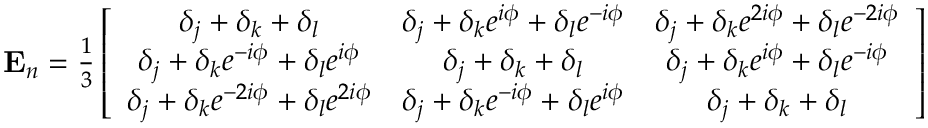
\begin{array} { r } { \mathbf { E } _ { n } = \frac { 1 } { 3 } \left[ \begin{array} { c c c } { \delta _ { j } + \delta _ { k } + \delta _ { l } } & { \delta _ { j } + \delta _ { k } e ^ { i \phi } + \delta _ { l } e ^ { - i \phi } } & { \delta _ { j } + \delta _ { k } e ^ { 2 i \phi } + \delta _ { l } e ^ { - 2 i \phi } } \\ { \delta _ { j } + \delta _ { k } e ^ { - i \phi } + \delta _ { l } e ^ { i \phi } } & { \delta _ { j } + \delta _ { k } + \delta _ { l } } & { \delta _ { j } + \delta _ { k } e ^ { i \phi } + \delta _ { l } e ^ { - i \phi } } \\ { \delta _ { j } + \delta _ { k } e ^ { - 2 i \phi } + \delta _ { l } e ^ { 2 i \phi } } & { \delta _ { j } + \delta _ { k } e ^ { - i \phi } + \delta _ { l } e ^ { i \phi } } & { \delta _ { j } + \delta _ { k } + \delta _ { l } } \end{array} \right] } \end{array}